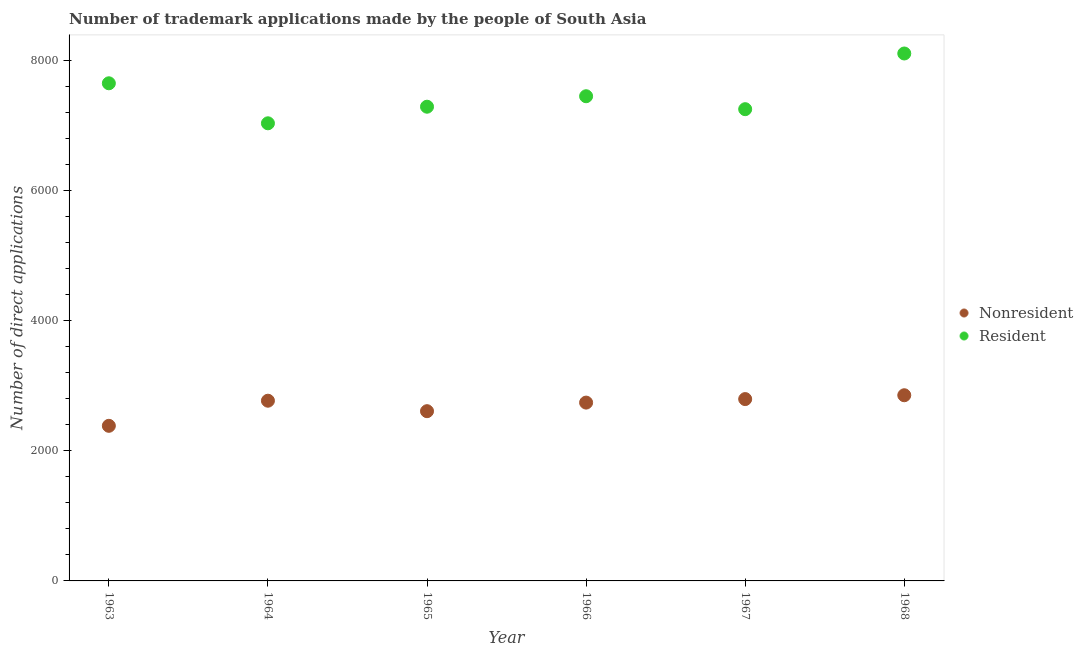
| Year | Nonresident | Resident |
 | --- | --- | --- |
 | 1963 | 2.38e+03 | 7.65e+03 |
 | 1964 | 2.77e+03 | 7.03e+03 |
 | 1965 | 2.61e+03 | 7.29e+03 |
 | 1966 | 2.74e+03 | 7.45e+03 |
 | 1967 | 2.8e+03 | 7.25e+03 |
 | 1968 | 2.85e+03 | 8.11e+03 |